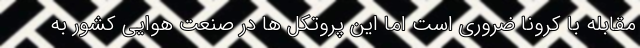
مقابله با کرونا ضروری است اما این پروتکل ها در صنعت هوایی کشور به